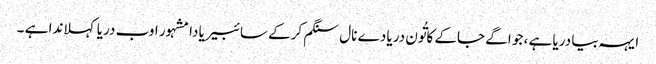
ایہہ بیا دریا ہے ، جو اگے جاکے کاتُون دریا دے نال سنگم کرکے سائبیریا دا مشہور اوب دریا کہلاندا ہے ۔